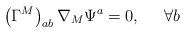
LaTeX: \begin{align*}\left( \Gamma ^{M}\right) _{ab}\nabla _{M}\Psi ^{a}=0,\;\;\;\;\;\forall b\end{align*}